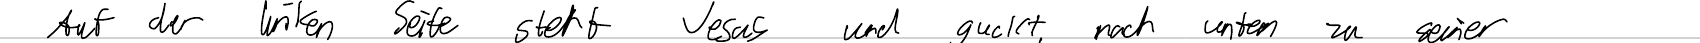
Auf der linken Seite steht Jesus und guckt nach unten zu seiner